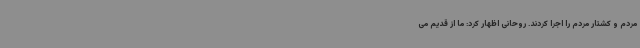
مردم و کشتار مردم را اجرا کردند. روحانی اظهار کرد: ما از قدیم می